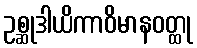
ဥစ္ဆုဒါယိကာဝိမာနဝတ္ထု